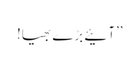
’’آئیے بڑے بھیا!